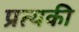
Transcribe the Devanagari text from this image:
प्रत्यकी